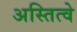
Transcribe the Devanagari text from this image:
अस्तित्वे